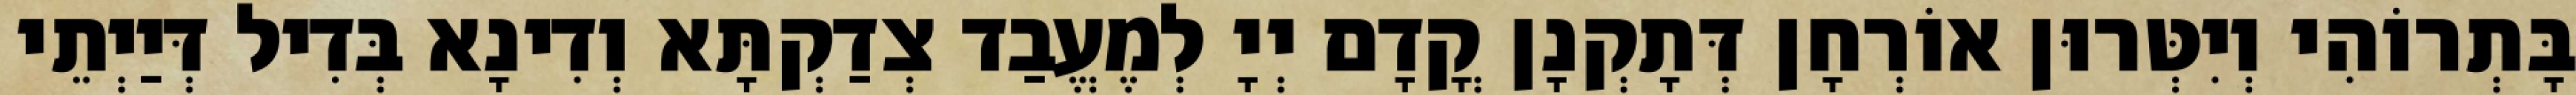
בָּתְרוֹהִי וְיִטְּרוּן אוֹרְחָן דְּתָקְנָן קֳדָם יְיָ לְמֶעֱבַד צְדַקְתָּא וְדִינָא בְּדִיל דְּיַיְתֵי